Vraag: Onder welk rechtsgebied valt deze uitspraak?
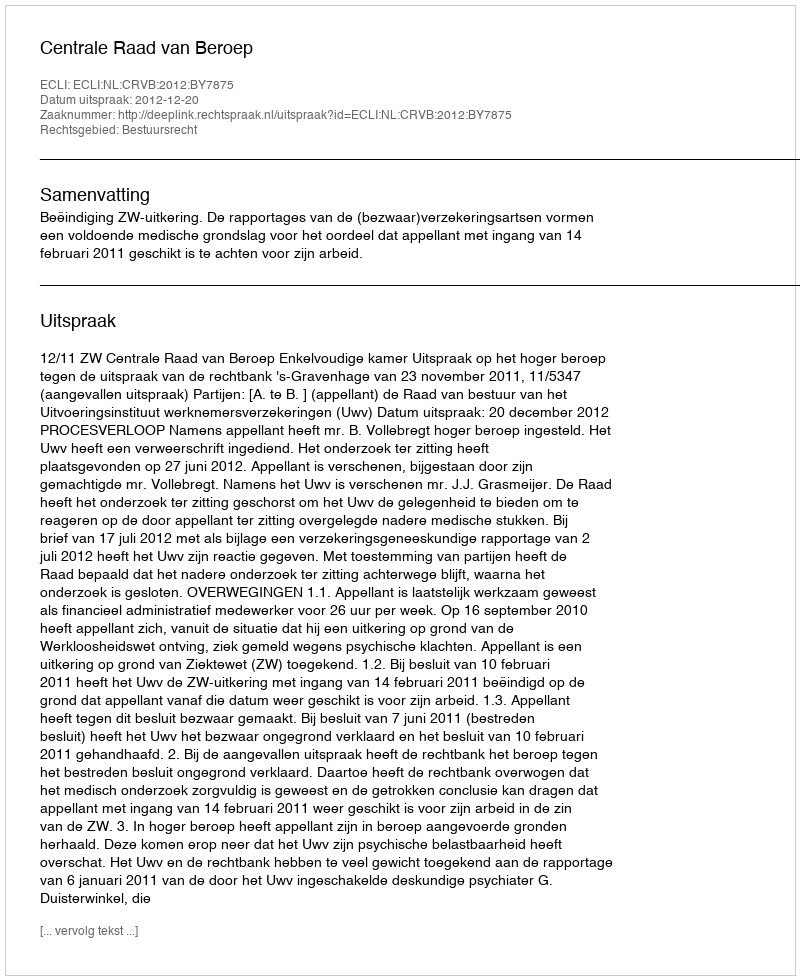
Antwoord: Bestuursrecht